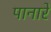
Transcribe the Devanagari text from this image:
पानारे